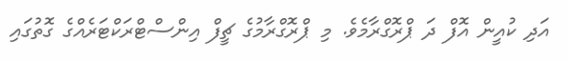
އަދި ކުއީން އޮފް ދަ ޕްރޮގްރާމެވެ. މި ޕްރޮގްރާމުގެ ޗީފް އިންސްޓްރަކްޓަރެއްގެ ގޮތުގައި